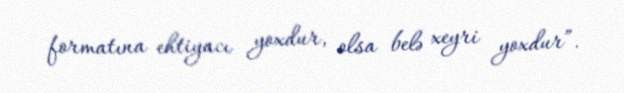
formatına ehtiyacı yoxdur, olsa belə xeyri yoxdur”.